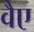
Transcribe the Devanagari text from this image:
वैए